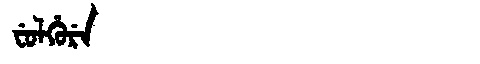
Manchu: ᠸᡠᠯᡥᡠᡵᡝ
Romanization: FULHURE